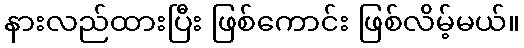
နားလည်ထားပြီး ဖြစ်ကောင်း ဖြစ်လိမ့်မယ်။